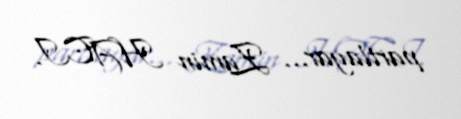
partlayar... Zamin HACI.